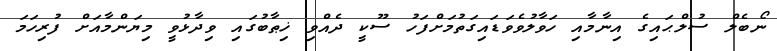
ނޯބެލް ސުލްޙައިގެ އިނާމާއި ހަވާލުވެވަޑައިގަތުމަށްފަހު ސޫކީ ދެއްވި ޚިޠާބުގައި ވިދާޅުވީ މިޔަންމާއަށް ފުރިހަމަ